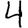
Digit: 4